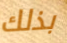
بذلك